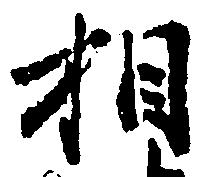
相